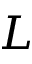
L